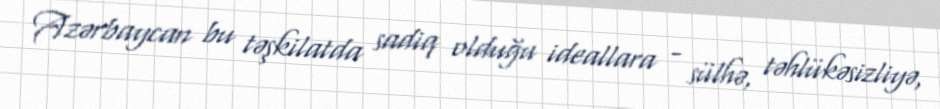
Azərbaycan bu təşkilatda sadiq olduğu ideallara - sülhə, təhlükəsizliyə,